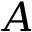
\boldsymbol { A }